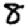
Digit: 8